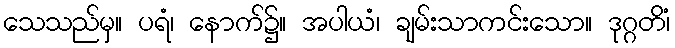
သေသည်မှ။ ပရံ၊ နောက်၌။ အပါယံ၊ ချမ်းသာကင်းသော။ ဒုဂ္ဂတိံ၊